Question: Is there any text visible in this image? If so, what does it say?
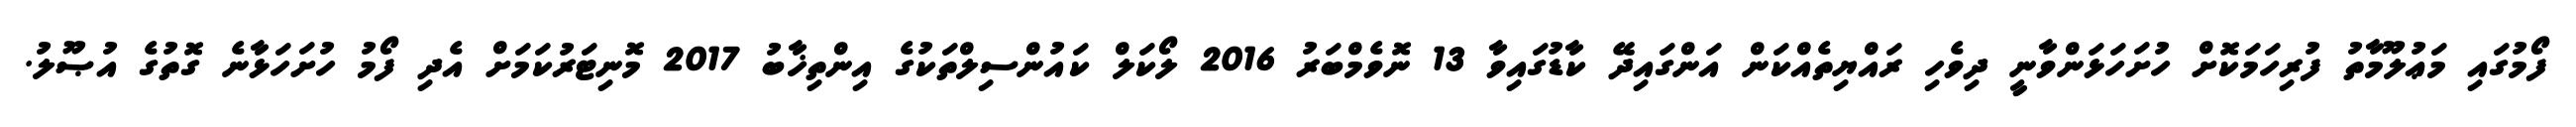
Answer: ފޯމުގައި މަޢުލޫމާތު ފުރިހަމަކޮށް ހުށަހަޅަންވާނީ ދިވެހި ރައްޔިތެއްކަން އަންގައިދޭ ކާޑުގައިވާ 13 ނޮވެމްބަރު 2016 ލޯކަލް ކައުންސިލްތަކުގެ އިންތިޚާބު 2017 މޮނިޓަރުކަމަށް އެދި ފޯމު ހުށަހަޅާނެ ގޮތުގެ އުޞޫލު.